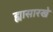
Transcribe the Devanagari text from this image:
ह्यासारखे